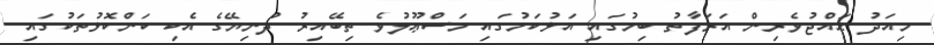
މިއަދު ޙައްޖުވެރިން އަރަފާތު ބިމުގައި އަޅުކަމުގައި މަސްޢޫލުވެ ތިބޭއިރު ދުނިޔޭގެ އެކި ކަންކޮޅުތަކުގައި